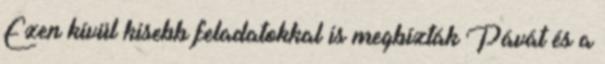
Ezen kívül kisebb feladatokkal is megbízták Pávát és a